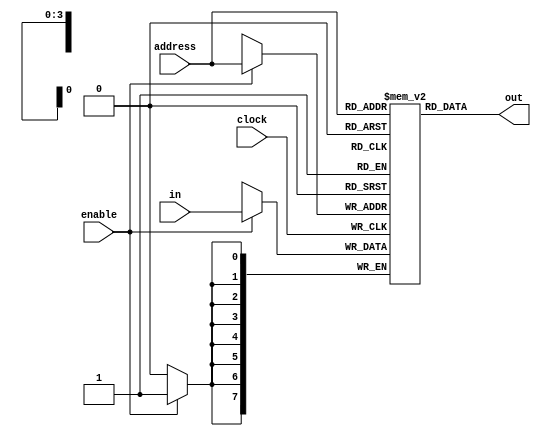
module ram(
	input wire [7:0] in,
	input wire clock,
	input wire [3:0] address,
	input wire enable,
	output wire [7:0] out
);

reg [7:0] mem [0:15];

assign out = mem[address];

always @(posedge clock) begin
	if (enable) begin
		mem[address] <= in;
	end
end

endmodule